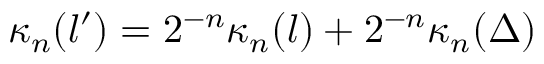
\kappa _ { n } ( l ^ { \prime } ) = 2 ^ { - n } \kappa _ { n } ( l ) + 2 ^ { - n } \kappa _ { n } ( \Delta )